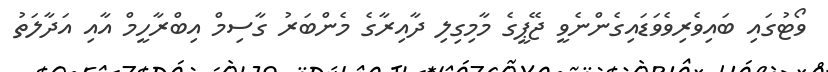
ވޯޓުގައި ބައިވެރިވެވަޑައިގެންނެވީ ޖޭޕީގެ މާމިގިލި ދާއިރާގެ މެންބަރު ގާސިމް އިބްރާހީމް އާއި އަދާލަތު